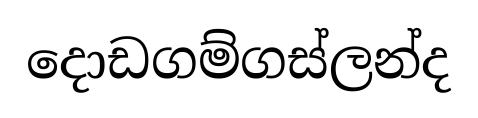
දොඩගම්ගස්ලන්ද